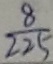
\frac { 8 } { 2 2 5 }